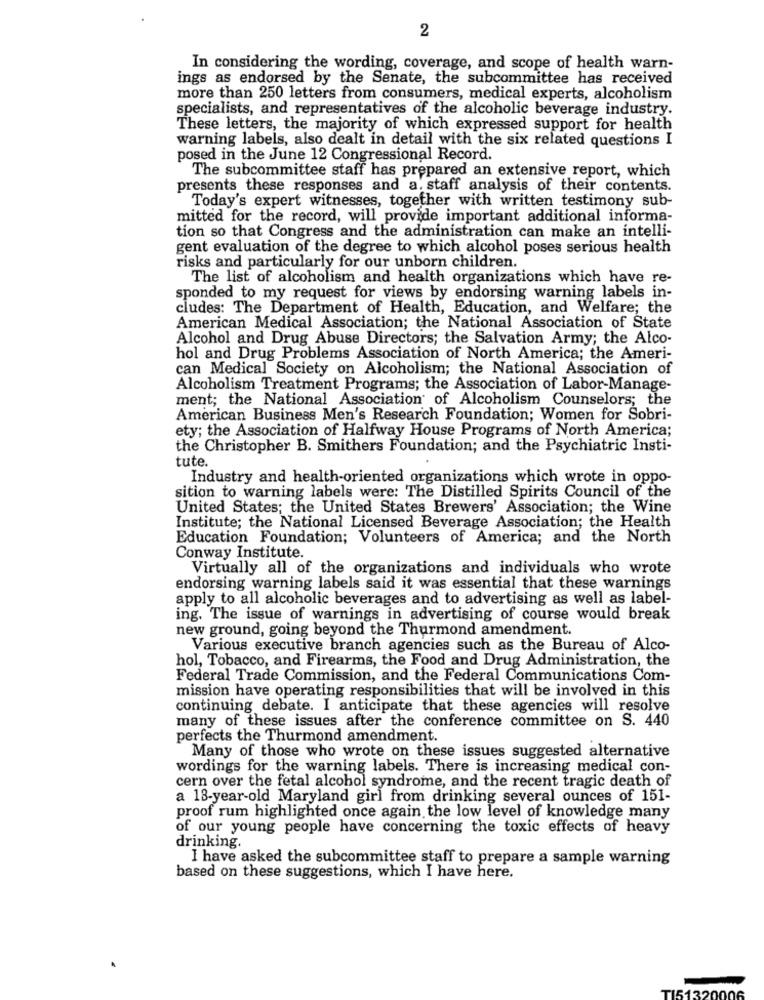
2
In considering the wording, coverage, and scope of health warn-
ings as endorsed by the Senate, the subcommittee has received
more than 250 letters from consumers, medical experts, alcoholism
specialists, and representatives of the alcoholic beverage industry.
These letters, the majority of which expressed support for health
warning labels, also dealt in detail with the six related questions I
posed in the June 12 Congressional Record.
The subcommittee staff has prepared an extensive report, which
presents these responses and a, staff analysis of their contents.
Today's expert witnesses, together with written testimony sub-
mitted for the record, will provide important additional informa-
tion so that Congress and the administration can make an intelli-
gent evaluation of the degree to which alcohol poses serious health
risks and particularly for our unborn children.
The list of alcoholism and health organizations which have re-
sponded to my request for views by endorsing warning labels in-
cludes: The Department of Health, Education, and Welfare; the
American Medical Association; the National Association of State
Alcohol and Drug Abuse Directors; the Salvation Army; the Alco-
hol and Drug Problems Association of North America; the Ameri-
can Medical Society on Alcoholism; the National Association of
Alcoholism Treatment Programs; the Association of Labor-Manage-
ment; the National Association of Alcoholism Counselors; the
American Business Men's Research Foundation; Women for Sobri-
ety; the Association of Halfway House Programs of North America;
the Christopher B. Smithers Foundation; and the Psychiatric Insti-
tute.
Industry and health-oriented organizations which wrote in oppo-
sition to warning labels were: The Distilled Spirits Council of the
United States; the United States Brewers' Association; the Wine
Institute; the National Licensed Beverage Association; the Health
Education Foundation; Volunteers of America; and the North
Conway Institute.
Virtually all of the organizations and individuals who wrote
endorsing warning labels said it was essential that these warnings
apply to all alcoholic beverages and to advertising as well as label-
ing. The issue of warnings in advertising of course would break
new ground, going beyond the Thurmond amendment.
Various executive branch agencies such as the Bureau of Alco-
hol, Tobacco, and Firearms, the Food and Drug Administration, the
Federal Trade Commission, and the Federal Communications Com-
mission have operating responsibilities that will be involved in this
continuing debate. I anticipate that these agencies will resolve
many of these issues after the conference committee on S. 440
perfects the Thurmond amendment.
Many of those who wrote on these issues suggested alternative
wordings for the warning labels. There is increasing medical con-
cern over the fetal alcohol syndrome, and the recent tragic death of
a 18-year-old Maryland girl from drinking several ounces of 151-
proof rum highlighted once again the low level of knowledge many
of our young people have concerning the toxic effects of heavy
drinking.
I have asked the subcommittee staff to prepare a sample warning
based on these suggestions, which I have here.